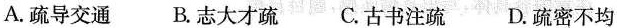
A.疏导交通 B.志大才疏 C.古书注疏 D.疏密不均